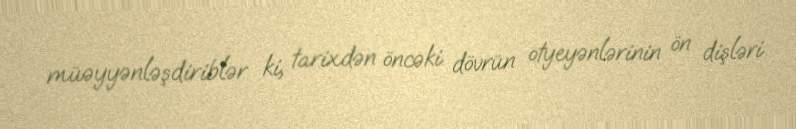
müəyyənləşdiriblər ki, tarixdən öncəki dövrün otyeyənlərinin ön dişləri